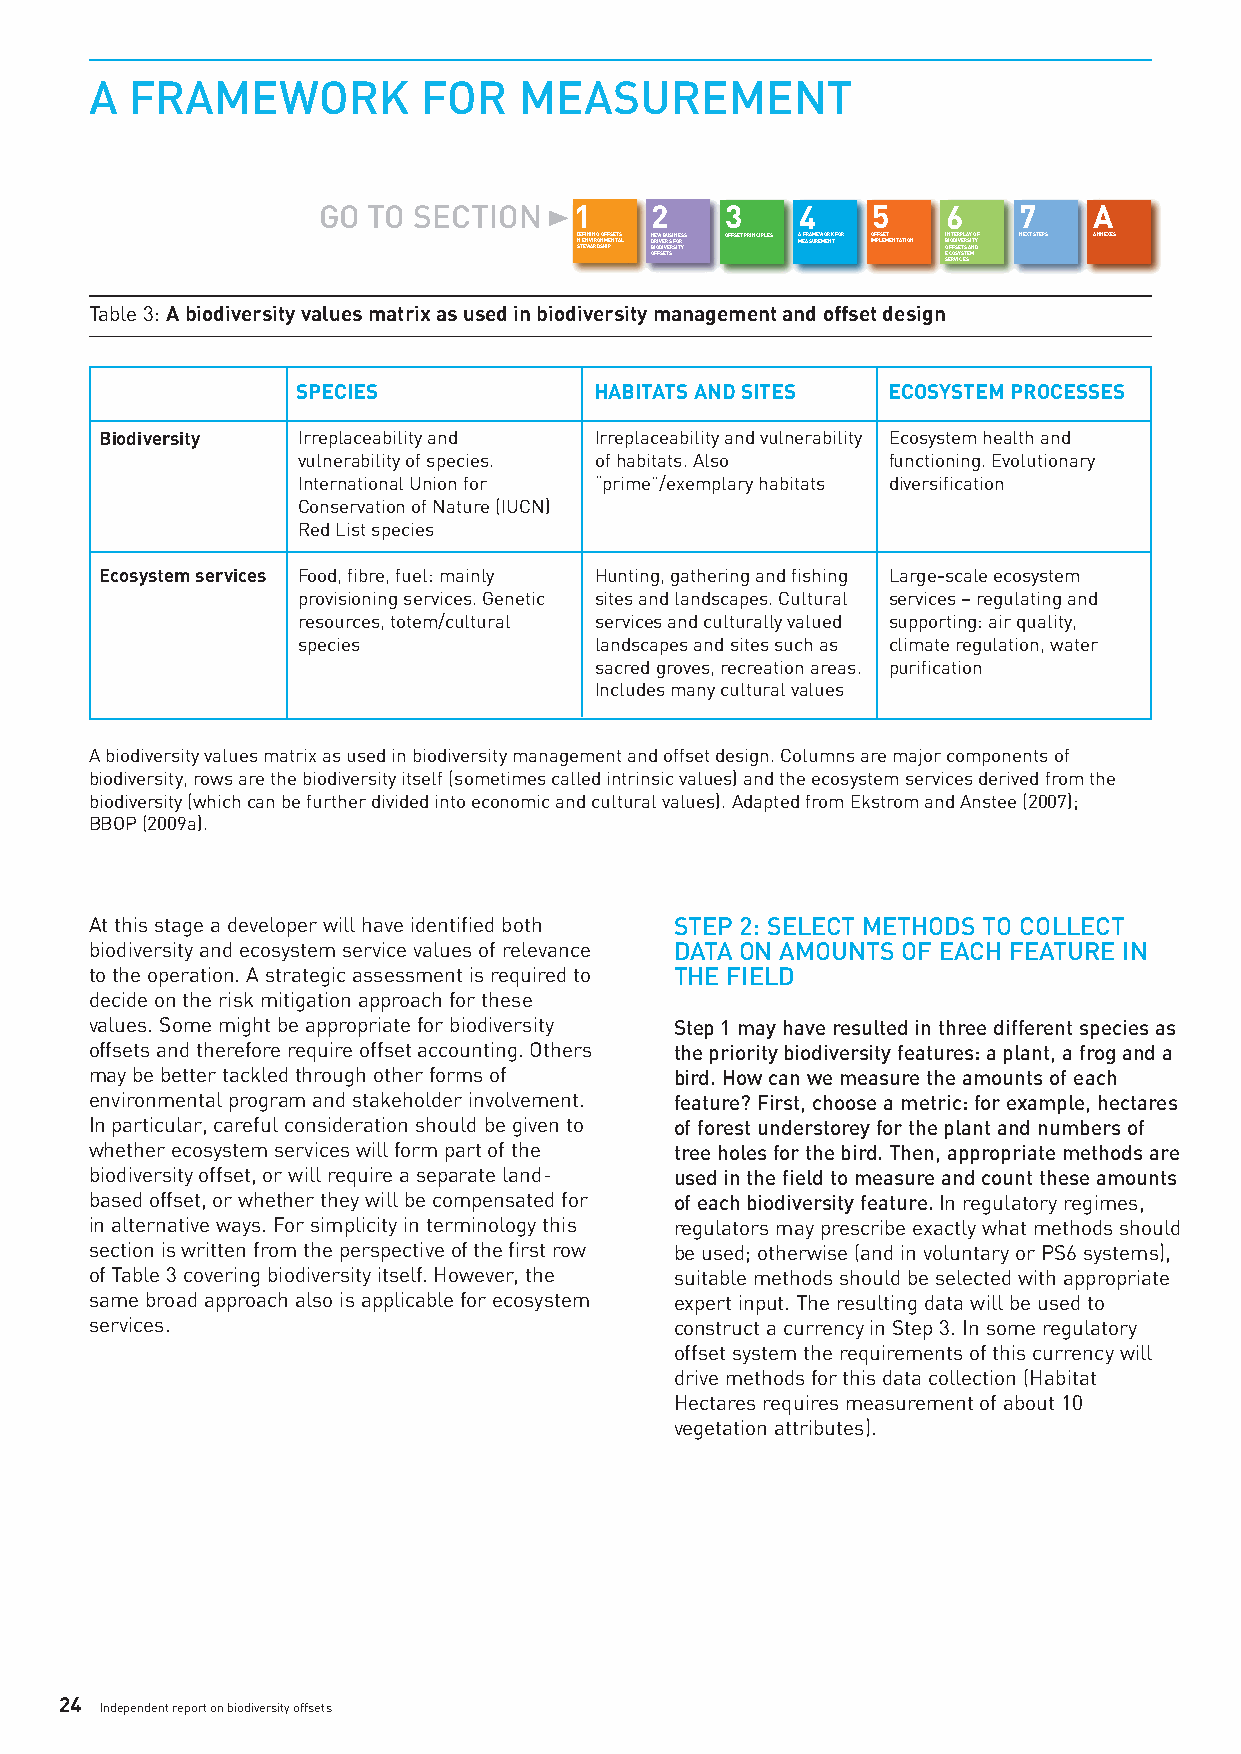
A  FRAMEWORK          FOR   MEASUREMENT
 GO TO SECTION    1    2    3    4    5    6   7    A
 DISNTE EEF WNINVAIIN RRG DO SNO HFMIF PES NETTASL NDBOFIRE OFIW DV SE IEB VR TU ES SRS FI SNOITERYS S OFFSET PRINCIPLES AMEFARSAUMREEWMOERNKT FOR OIMFPFLSEEMT ENTATION IBOESN ECFIOT ROFEDS VSRIE IYV CP TSE EL STR SA EAS Y MIN TO DYF NEXT STEPS ANNEXES
 Table 3: Abiodiversity values matrix as used in biodiversity management and offset design
 SPECIES            HABITATS AND SITES  ECOSYSTEM PROCESSES
 Biodiversity Irreplaceability and Irreplaceability and vulnerability Ecosystem health and
 vulnerability of species. ofhabitats. Also functioning. Evolutionary
 International Union for “prime”/exemplary habitats diversification
 Conservation of Nature (IUCN)
 Red List species
 Ecosystem services Food, fibre, fuel: mainly Hunting, gathering and fishing Large-scale ecosystem
 provisioning services. Genetic sites and landscapes. Cultural services – regulating and
 resources, totem/cultural services and culturally valued supporting: air quality,
 species            landscapes and sites such as climate regulation, water
 sacred groves, recreation areas. purification
 Includes many cultural values
 Abiodiversity values matrix as used in biodiversity management and offset design. Columns are major components of
 biodiversity, rows are the biodiversity itself (sometimes called intrinsic values) and the ecosystem services derived from the
 biodiversity (which can be further divided intoeconomic and cultural values). Adapted from Ekstrom and Anstee (2007);
 BBOP (2009a).
 At this stage a developer will have identified both STEP 2: SELECT METHODS TO COLLECT
 biodiversity and ecosystem service values of relevance DATA ON AMOUNTS OF EACH FEATURE IN
 tothe operation. A strategic assessment is required to THE FIELD
 decide on the risk mitigation approach for these
 values. Some might be appropriate for biodiversity Step 1 may haveresulted in three different species as
 offsets and therefore require offset accounting. Others the priority biodiversity features: a plant, a frog and a
 may be better tackled through other forms of bird. How can we measure the amounts of each
 environmental program and stakeholder involvement. feature? First, choose a metric: for example, hectares
 In particular, careful consideration should be given to of forest understorey for the plant and numbers of
 whether ecosystem services will form part of the tree holes for the bird. Then, appropriate methods are
 biodiversity offset, or will requireaseparate land- used in the field to measure and count these amounts
 based offset, or whether they will be compensated for of each biodiversity feature. In regulatory regimes,
 in alternative ways. For simplicity in terminology this regulators may prescribe exactly what methods should
 section is written from the perspectiveof the first row be used; otherwise (and in voluntary or PS6 systems),
 of Table 3 covering biodiversity itself. However, the suitable methods should be selected with appropriate
 same broad approach also is applicable for ecosystem expert input. The resulting data will be used to
 services.                              construct a currency in Step 3. In some regulatory
 offset system the requirements of this currency will
 drive methods for this data collection (Habitat
 Hectares requires measurement of about 10
 vegetation attributes).
 24
 Independent report on biodiversity offsets